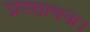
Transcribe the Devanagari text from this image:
प्रस्तावना।